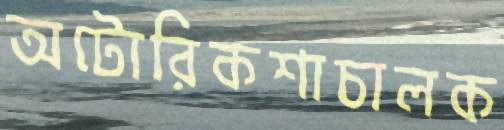
অটোরিকশাচালক